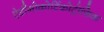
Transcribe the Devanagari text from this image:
ऐडीनोकोर्टिकोट्रोफिक